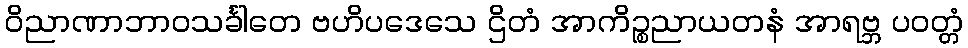
ဝိညာဏာဘာဝသင်္ခါတေ ဗဟိပဒေသေ ဌိတံ အာကိဉ္စညာယတနံ အာရဗ္ဘ ပဝတ္တံ